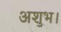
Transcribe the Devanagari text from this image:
अशुभ।